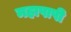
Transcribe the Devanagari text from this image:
महापापी